Annual administration report of the Civil Veterinary Department of India - 1897-1898
Year: 1897
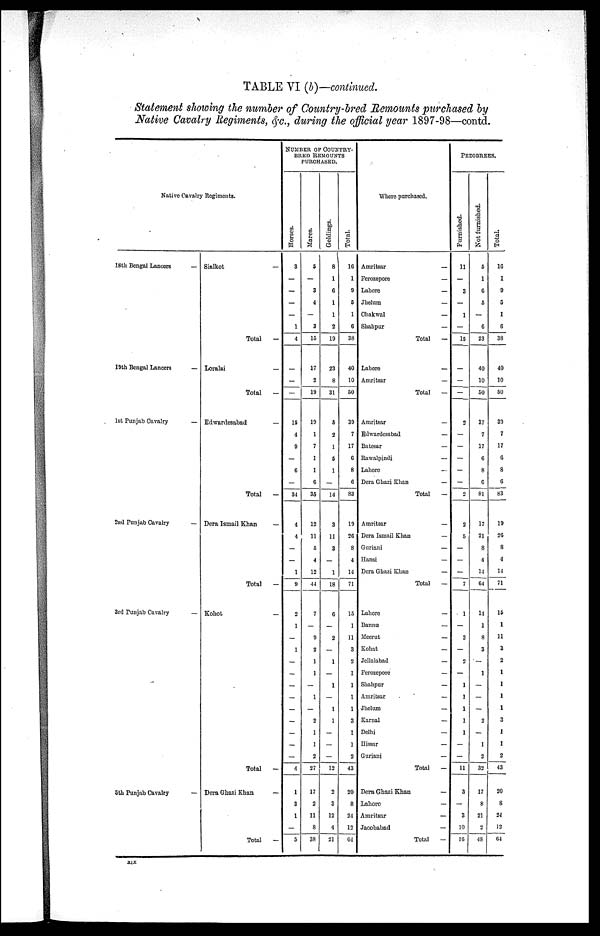
TABLE VI (b)—continued.
Statement showing the number of Country-bred Remounts purchased by
Native Cavalry Regiments, &c., during the official year 1897-98—contd.
Native Cavalry Regiments.
18th Bengal Lancers
—
19th Bengal Lancers
—
1st Punjab Cavalry
—
2nd Punjab Cavalry
—
3rd Punjab Cavalry
—
5th Punjab Cavalry
—
Sialkot —
Total
—
Loralai
—
Total
—
Edwardesabad
—
Total
—
Dera Ismail Khan
—
Total
—
Kohot
—
Total
—
Dera Ghazi Khan
—
Total
—
NUMBER OF COUNTRY¬
BRED REMOUNTS
PURCHASED.
Hor s es .
3
—
—
—
—
1
4
—
—
—
15
4
9
—
6
—
34
4
4
—
—
1
9
2
1
—
1
—
—
—
—
—
—
—
—
—
4
1
3
1
—
5
Mar es .
5
—
3
4
—
3
15
17
2
19
19
1
7
1
1
6
35
12
11
5
4
12
44
7
—
9
2
1
1
—
1
—
2
1
1
2
27
17
2
11
8
38
Gel di ngs .
8 1
6
1
1
2
19
23
8
31
5
2
1
5
1
—
14
3
11
3
—
1
18
6
—
2
—
1
—
1
—
1
1
—
—
—
12
2
3
12
4
21
Tot al .
16
1
9
5
1
6
38
40
10
50
39
7
17
6
8
6
83
19
26
8
4
14
71
15
1
11
3
2
1
1
1
1
3
1
1
2
43
20
8
24
12
64
Where purchased.
Amritsar—
Ferozepore—
Lahore—
Jhelum—
Chakwal—
Shahpur—
Total—
Lahore —
Amritsar—
Total—
Amritsar
Edwardesabad—
Batesar—
Rawalpindi—
Lahore—
Dera Ghazi Khan—
Total—
Amritsar—
Dera Ismail Khan—
Guriani—
Hansi—
Dera Ghazi Khan—
Total—
Lahore
Bannu—
Meerut—
Kohat—
Jellalabad—
Ferozepore—
Shahpur—
Amritsar—
Jhelum—
Karnal—
Delhi—
Hissar—
Guriani—
Total—
Dera Ghazi Khan
Lahore—
Amritsar—
Jacobabad—
Total—
PEDIGREES.
Furnished.
11
—
3
—
1
—
15
—
—
2
—
—
—
—
—
2
2
5
—
—
—
7
1
—
3
—
2
—
1
1
1
1
1
—
—
11
3
—
3
10
16
Not furnished.
5
1
6
5
—
6
23
40
10
50
37
7
17
6
8
6
81
17
21
8
4
14
64
14
1
8
3
—
1
—
—
—
2
—
1
2
32
17
8
21
2
48
Total.
16
1
9
5
1
6
38
40
10
50
39
7
17
6
8
6
83
19
26
8
4
14
71
15
1
11
3
2
1
1
1
1
3
1
1
2
43
20
8
24
12
64
xix